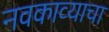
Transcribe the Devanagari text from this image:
नवकाव्याचा